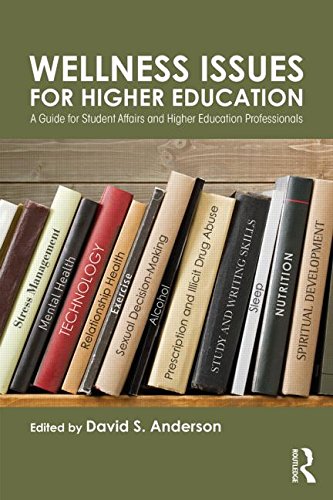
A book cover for Wellness Issues for Higher Education: A Guide for Student Affairs and Higher Education Professionals; Education & Teaching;